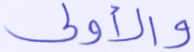
والأولى